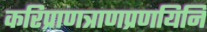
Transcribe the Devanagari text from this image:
करिप्राणत्राणप्रणयिनि